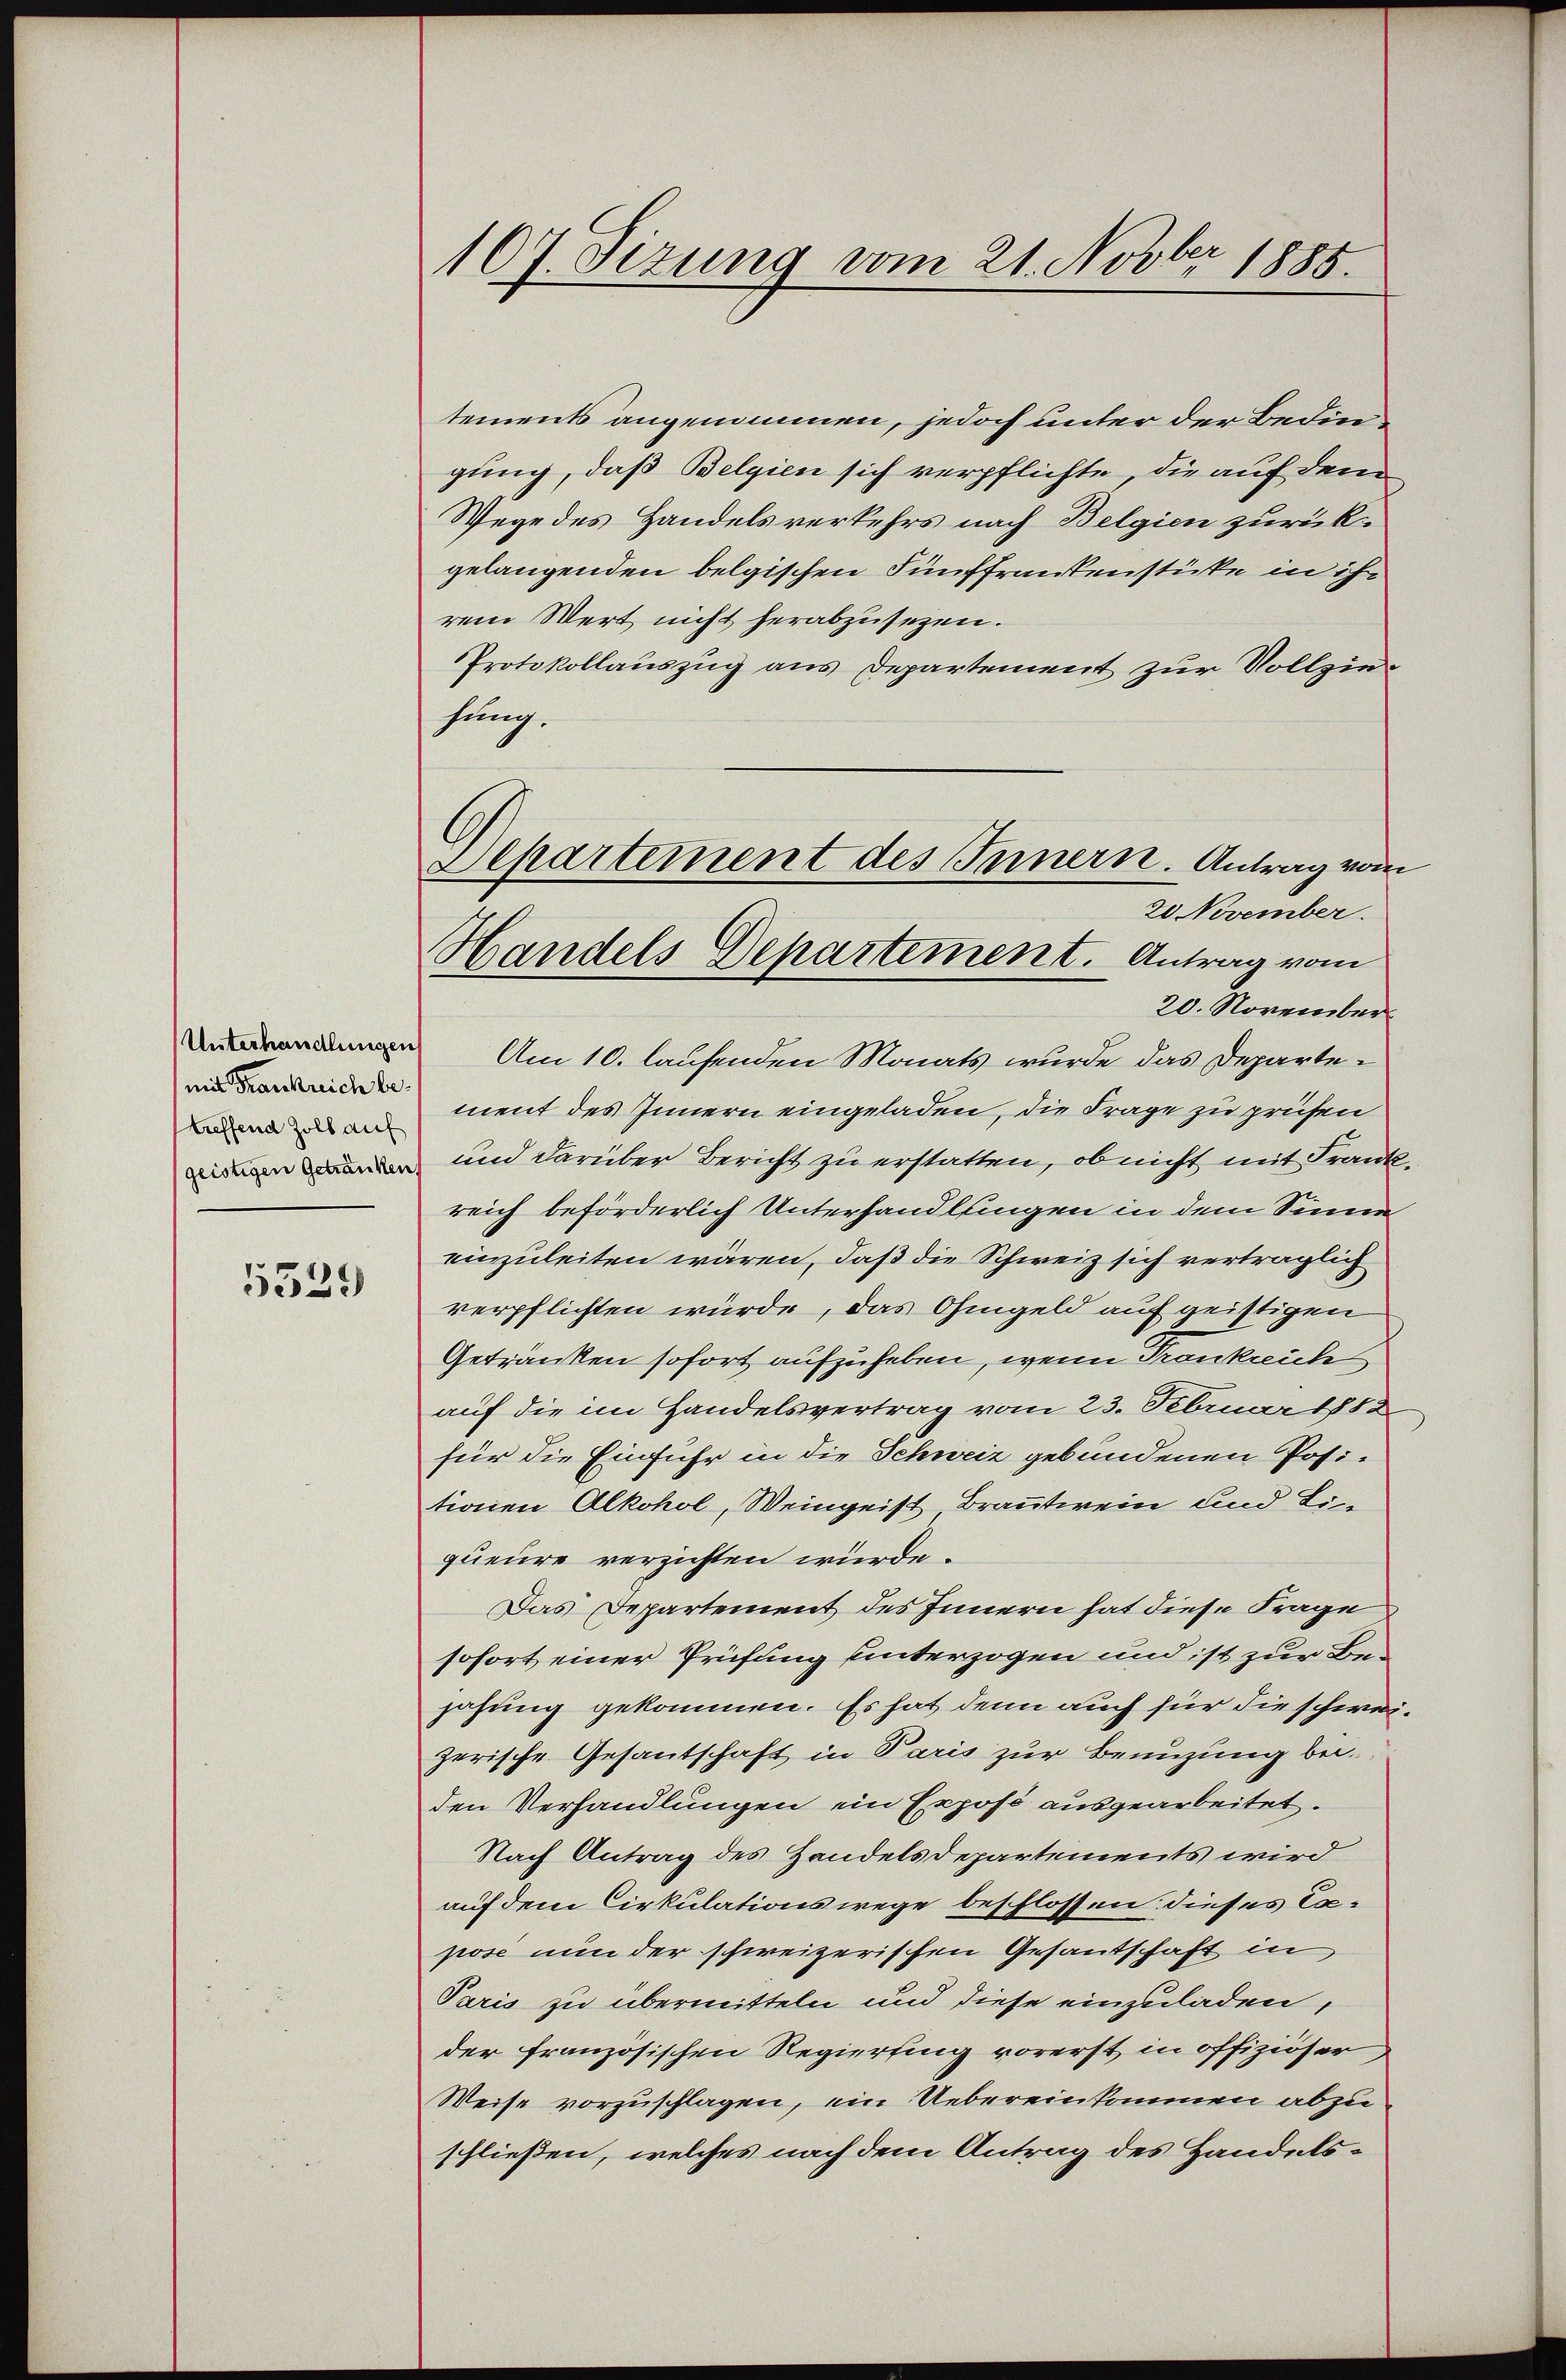
mit Frankreich betreffend Zoll auf

5529

107. Sezung vom 21. Novber 1885.

Departement des Innern. Antrag von
20 November.
Handels Departement. Antrag vom

tements angenommen, jedoch unter der Bedingung, daß Belgien sich verpflichte, die auf dem
Wege des Handelsverkehrs nach Belgien zurück-
gelangenden belgischen Fünffrankenstücke in ihr
rem Wert nicht herabzusehen.
Protokollauszug aus Departement zur Vollziefung.
20. November
 Am 10. laufenden Monats wurde das Departement des Innern eingeladen, die Frage zu prüfen
r und darüber Bericht zu erstatten, ob nicht mit Frank
reich beförderlich Unterhandlungen in dem Sinne
einzuleiten wären, daß die Schweiz sich verträglich
verpflichten würde, das Ohmgeld auf geistigen
Getränken sofort aufzuheben, wenn Trankreich
auf die im Handelsvertrag vom 23. Februar 1882
für die Einfuhr in die Schweiz gebundenen Positionen Alkohol, Weingeist Brantwein und Li
queure verzichten würde.
Das Departement des Innern hat diese Frage
sofort einer Prüfung hinterzogen und ist zur Bejahung gekommen. Es hat denn auch für die schweizerische Gesantschaft in Paris zur Benuzung bei-
den Verhandlungen ein Exposé ausgearbeitet.
Nach Antrag des Handelsdepartements wird
auf dem Cirkulationswege beschlossen: dieses Capose nun der schweizerischen Gesantschaft in
Paris zu übermitteln und diese einzuladen,
der französischen Regierung vorerst in offiziöser,
Weise vorzuschlagen, ein Uebereinkommen abzu
schließen, welches nach dem Antrag des Handels¬